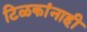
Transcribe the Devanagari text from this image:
टिळकांनाही